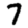
Digit: 7